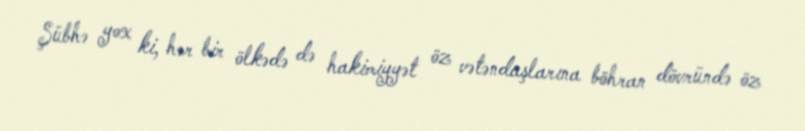
Şübhə yox ki, hər bir ölkədə də hakimiyyət öz vətəndaşlarına böhran dövründə öz